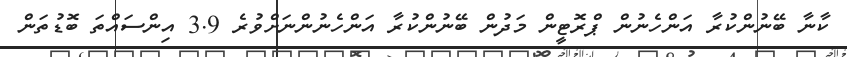
ކާނާ ބޭނުންކުރާ އަންހެނުން ޕްރޮޓީން މަދުން ބޭނުންކުރާ އަންހެނުންނަށްވުރެ 3.9 އިންސައްތަ ބޮޑުތަން